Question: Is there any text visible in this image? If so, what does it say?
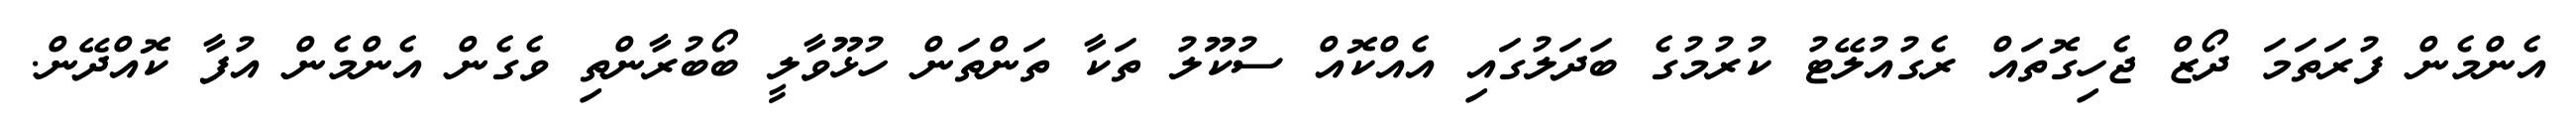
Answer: އެންމެން ފުރަތަމަ ދޯޒް ޖެހިގޮތައް ރެގުއުލޭޓު ކުރުމުގެ ބަދަލުގައި އެއްކޮއް ސުކޫލު ތަކާ ތަންތަން ހުޅޫވާލީ ބޯބުރާންތި ވެގެން އެންމެން އުފާ ކޮއްދޭން.